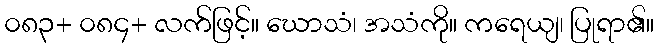
၀၈၃+ ၀၈၄+ လက်ဖြင့်။ ဃောသံ၊ အသံကို။ ကရေယျ၊ ပြုရာ၏။